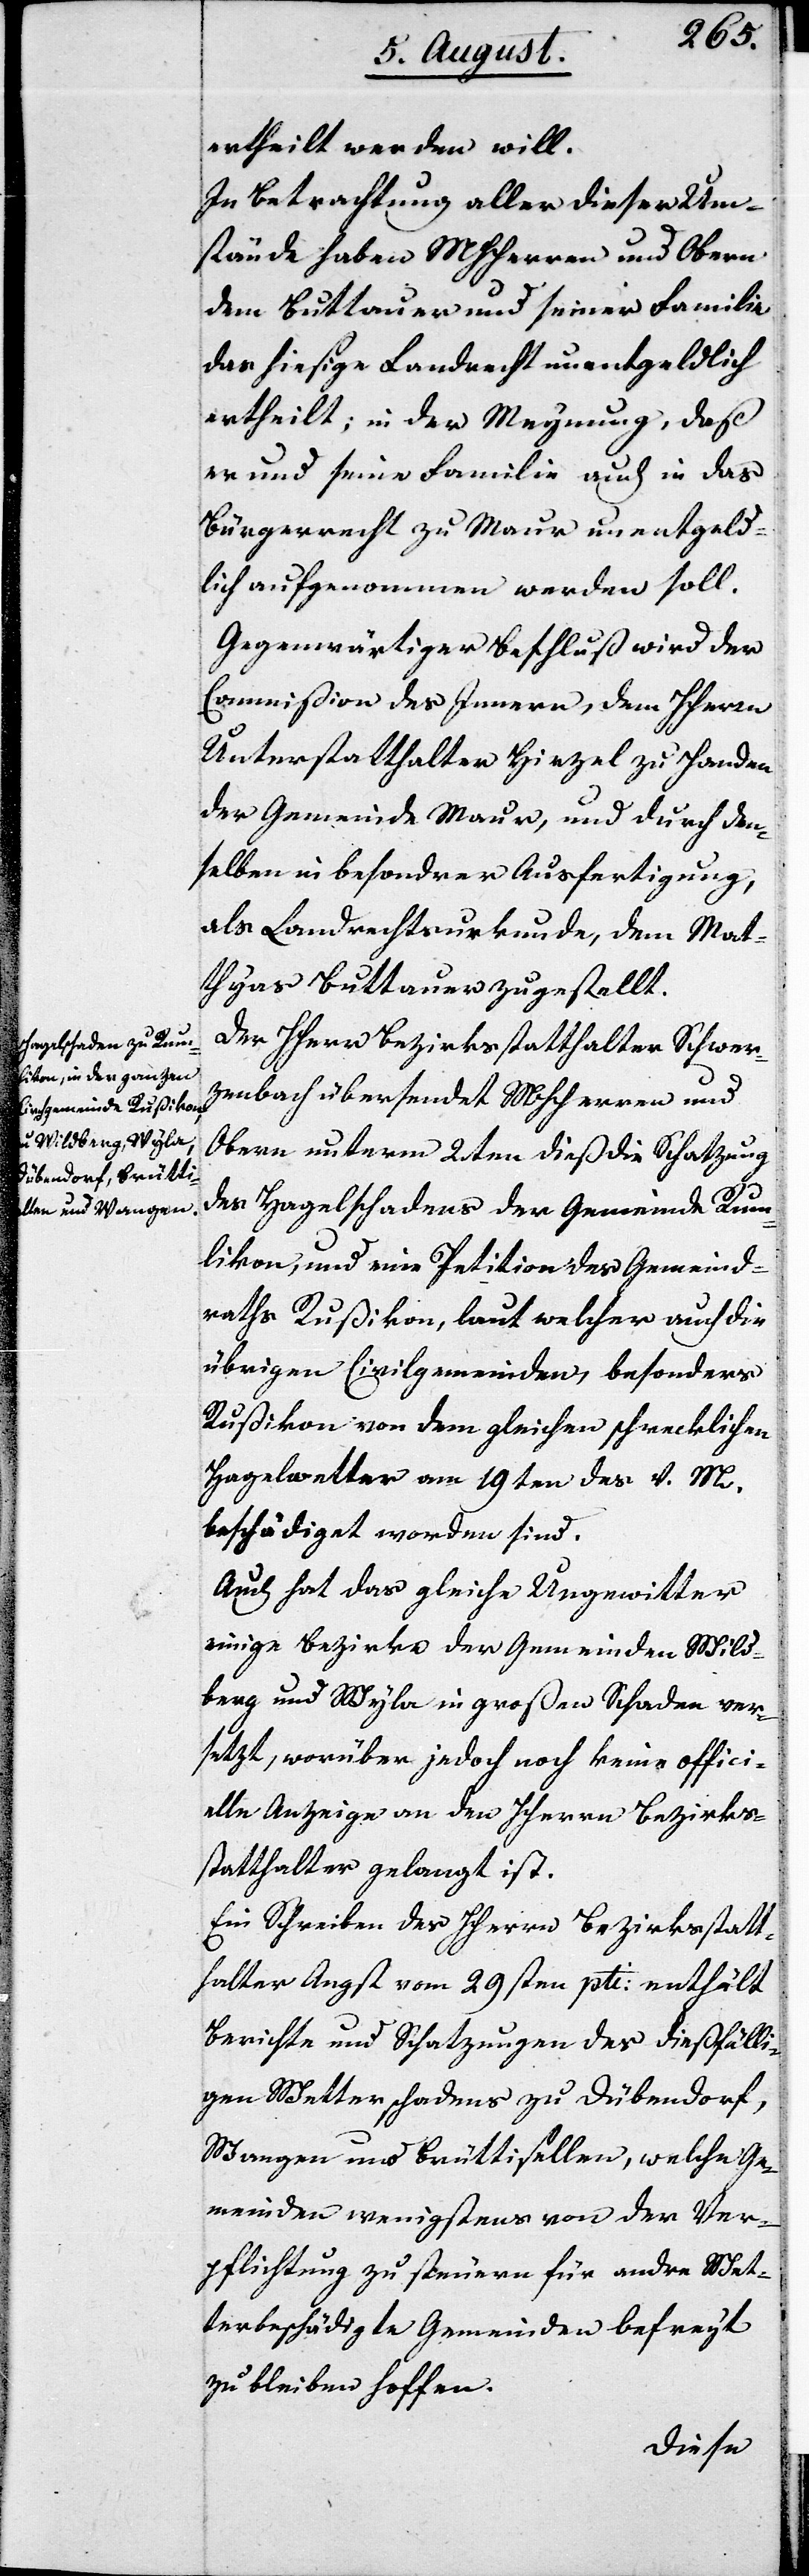
ertheilt werden will.
In Betrachtung aller dieser Um¬
stände haben MHHerren und Obern
dem Buttauer und seiner Familie
das hiesige Landrecht unentgeldlich
ertheilt; in der Meynung, daß
er und seine Familie auch in das
Bürgerrecht zu Maur unentgeld¬
lich aufgenommen werden soll.
Gegenwärtiger Beschluß wird der
Commißion des Innern, dem HHerrn
Unterstatthalter Hirzel zu Handen
der Gemeinde Maur, und durch den¬
selben in besonderer Ausfertigung,
als Landrechtsurkunde, dem Mat¬
thyas Buttauer zugestellt.
Der HHerr Bezirksstatthalter Schwer¬
zenbach übersendet MHHerren und
Obern unterm 2ten dieß die Schatzung
des Hagelschadens der Gemeinde Rum¬
likon, und eine Petition des Gemeind¬
raths Rußikon, laut welcher auch die
übrigen Civilgemeinden, besonders
Rußikon von dem gleichen schrecklichen
Hagelwetter am 19ten des v. M.
beschädiget worden sind.
Auch hat das gleiche Ungewitter
einige Bezirke der Gemeinden Wild¬
berg und Wyla in großen Schaden ver¬
setzt, worüber jedoch noch keine offici¬
elle Anzeige an den HHerrn Bezirks¬
statthalter gelangt ist.
Ein Schreiben des Herrn Bezirksstatt¬
halter Angst vom 29sten pti. enthält
Bericht und Schatzungen des dießfälli¬
gen Wetterschadens zu Dübendorf,
Wangen und Brütisellen, welche Ge¬
meinden wenigstens von der Ver¬
pflichtung zu steuern für andre Wet¬
terbeschädigte Gemeinden befreit
zu bleiben hoffen.